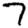
Digit: 7